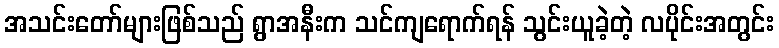
အသင်းတော်များဖြစ်သည် ရွာအနီးက သင်ကျရောက်ရန် သွင်းယူခဲ့တဲ့ လပိုင်းအတွင်း